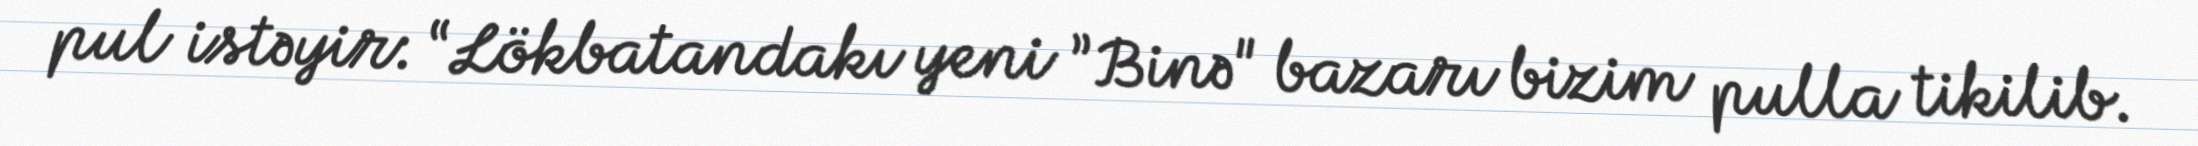
pul istəyir: “Lökbatandakı yeni ”Binə" bazarı bizim pulla tikilib.